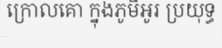
ក្រោលគោ ក្នុងភូមិអូរ ប្រយុទ្ធ